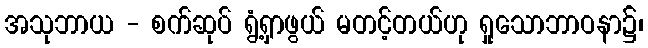
အသုဘာယ - စက်ဆုပ် ရွံ့ရှာဖွယ် မတင့်တယ်ဟု ရှုသောဘာဝနာ၌၊